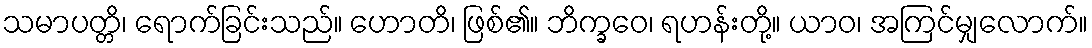
သမာပတ္တိ၊ ရောက်ခြင်းသည်။ ဟောတိ၊ ဖြစ်၏။ ဘိက္ခဝေ၊ ရဟန်းတို့။ ယာဝ၊ အကြင်မျှလောက်။